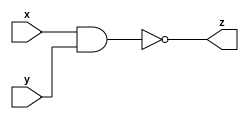
module nand_gate (x, y, z);
  input x;
  input y;
  output z;
  
  assign z = ~(x&y) ;
  
  
endmodule